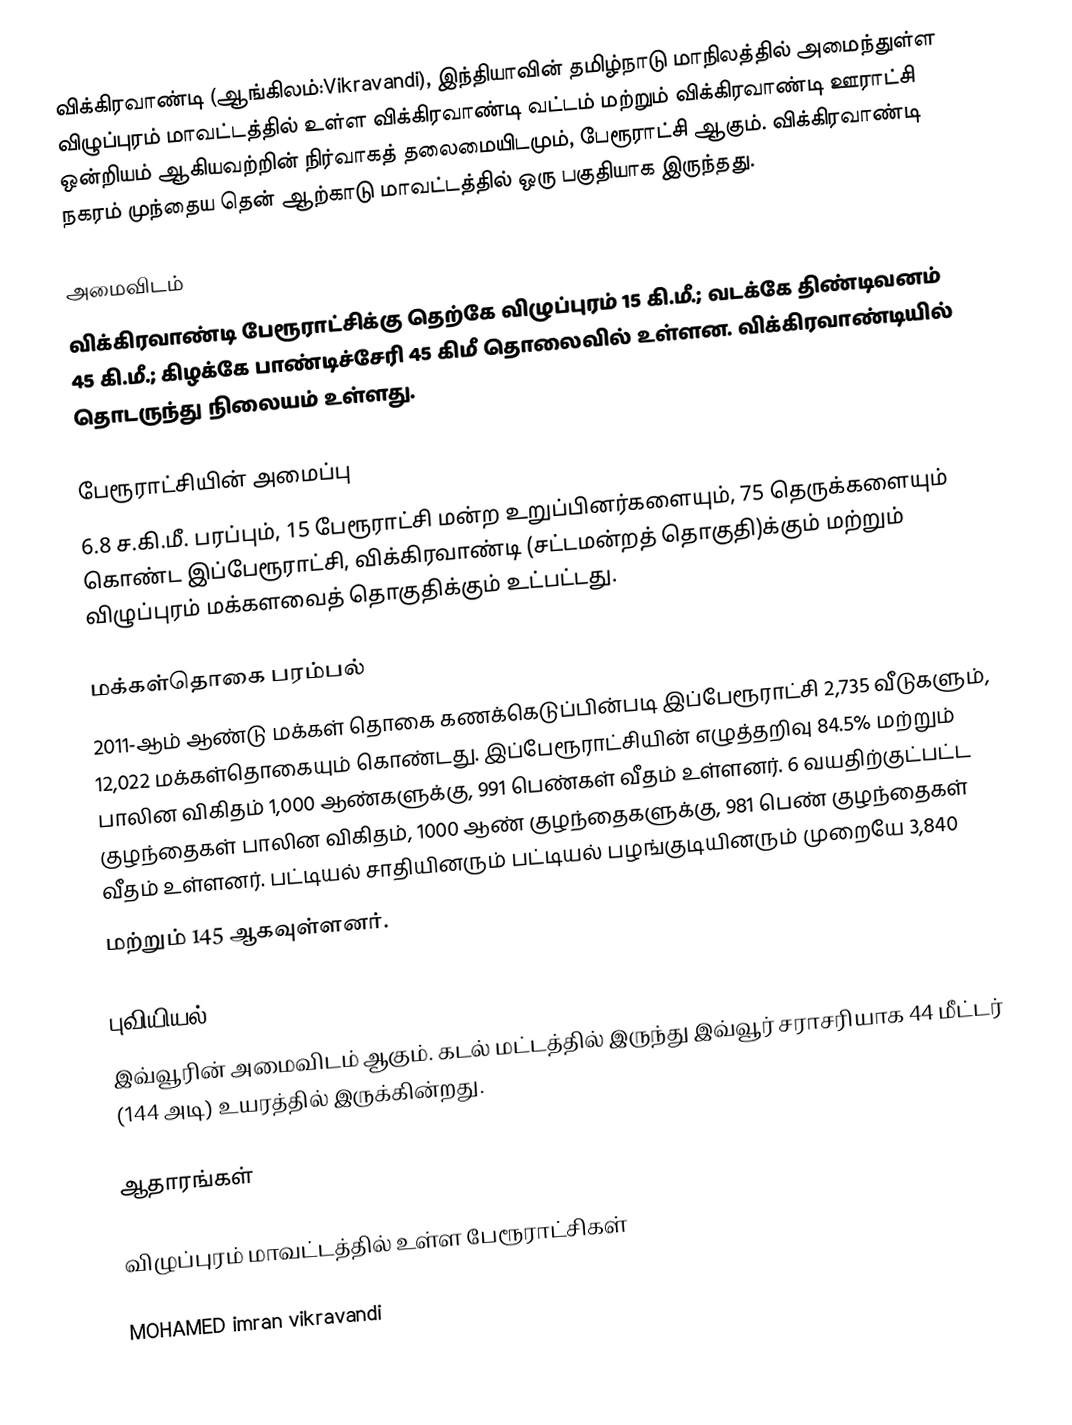
விக்கிரவாண்டி (ஆங்கிலம்:Vikravandi), இந்தியாவின் தமிழ்நாடு மாநிலத்தில் அமைந்துள்ள விழுப்புரம் மாவட்டத்தில் உள்ள விக்கிரவாண்டி வட்டம் மற்றும் விக்கிரவாண்டி ஊராட்சி ஒன்றியம் ஆகியவற்றின் நிர்வாகத் தலைமையிடமும், பேரூராட்சி ஆகும். விக்கிரவாண்டி நகரம் முந்தைய தென் ஆற்காடு மாவட்டத்தில் ஒரு பகுதியாக இருந்தது.

அமைவிடம்
விக்கிரவாண்டி பேரூராட்சிக்கு தெற்கே விழுப்புரம் 15 கி.மீ.; வடக்கே திண்டிவனம் 45 கி.மீ.; கிழக்கே பாண்டிச்சேரி 45 கிமீ தொலைவில் உள்ளன. விக்கிரவாண்டியில் தொடருந்து நிலையம் உள்ளது.

பேரூராட்சியின் அமைப்பு
6.8 ச.கி.மீ. பரப்பும், 15 பேரூராட்சி மன்ற உறுப்பினர்களையும், 75 தெருக்களையும் கொண்ட இப்பேரூராட்சி, விக்கிரவாண்டி (சட்டமன்றத் தொகுதி)க்கும் மற்றும் விழுப்புரம் மக்களவைத் தொகுதிக்கும் உட்பட்டது.

மக்கள்தொகை பரம்பல்
2011-ஆம் ஆண்டு மக்கள் தொகை கணக்கெடுப்பின்படி   இப்பேரூராட்சி  2,735   வீடுகளும், 12,022  மக்கள்தொகையும் கொண்டது.  இப்பேரூராட்சியின் எழுத்தறிவு 84.5%  மற்றும் பாலின விகிதம் 1,000 ஆண்களுக்கு, 991 பெண்கள் வீதம் உள்ளனர். 6 வயதிற்குட்பட்ட குழந்தைகள் பாலின விகிதம், 1000 ஆண் குழந்தைகளுக்கு, 981  பெண் குழந்தைகள் வீதம் உள்ளனர். பட்டியல் சாதியினரும் பட்டியல் பழங்குடியினரும் முறையே 3,840
மற்றும் 145 ஆகவுள்ளனர்.

புவியியல்
இவ்வூரின் அமைவிடம்  ஆகும். கடல் மட்டத்தில் இருந்து இவ்வூர் சராசரியாக 44 மீட்டர் (144 அடி) உயரத்தில் இருக்கின்றது.

ஆதாரங்கள்

விழுப்புரம் மாவட்டத்தில் உள்ள பேரூராட்சிகள்

MOHAMED imran vikravandi